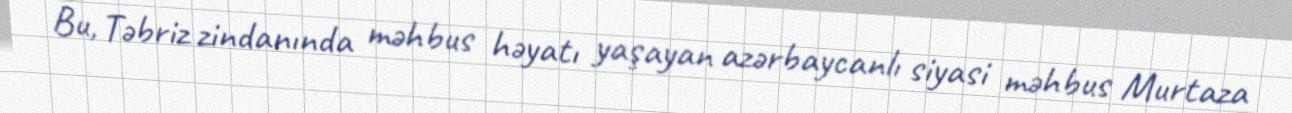
Bu, Təbriz zindanında məhbus həyatı yaşayan azərbaycanlı siyasi məhbus Murtaza